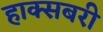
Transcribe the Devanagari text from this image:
हाक्सबरी